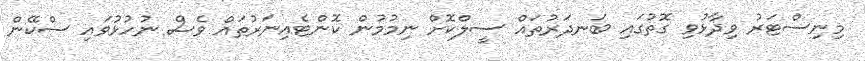
މިނިސްޓަރު ވިދާޅުވި ގޮތުގައި ބަނދަރުތައް ސީލްކޮށް ނިމުމުން ކޮންޓެއިނަރުތައް ވެސް ނުހުޅުވައި ސްކޭން